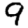
Digit: 9